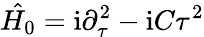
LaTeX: \hat{H_{0}}=\mathrm{i}\partial_{\tau}^{2}-\mathrm{i}C\tau^{2}